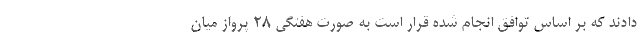
دادند که بر اساس توافق انجام شده قرار است به صورت هفتگی ۲۸ پرواز میان